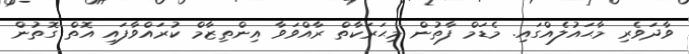
ވާދަވެރި މާޙައުލެއްގައި. މެޑަމް ފާތުން މިޙަރަކާތް ރާއްވަވާ އިންތިޒާމް ކުރައްވާފައި އޮތް ގޮތުން